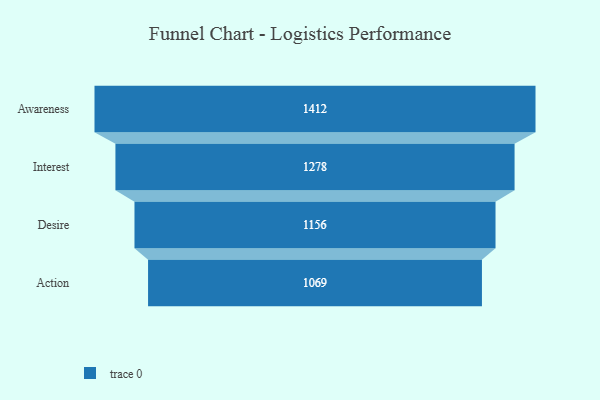
{"axis": {"x": "Stage", "y": "Value"}, "legend": [""], "data": [{"x": "Awareness", "y": 1412.0, "type": ""}, {"x": "Interest", "y": 1278.0, "type": ""}, {"x": "Desire", "y": 1156.0, "type": ""}, {"x": "Action", "y": 1069.0, "type": ""}]}